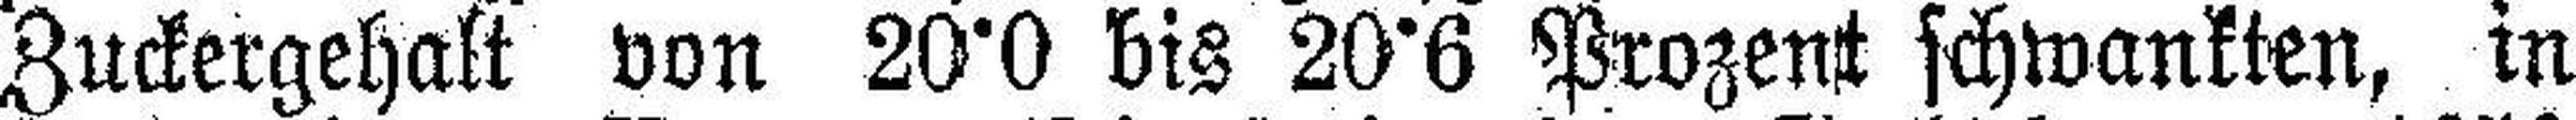
Zuckergehalt von 20·0 bis 20·6 Prozent schwankten, in